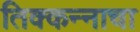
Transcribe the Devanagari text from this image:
तिक्कन्नाचा